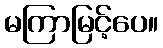
မကြာမြင့်ပေ။